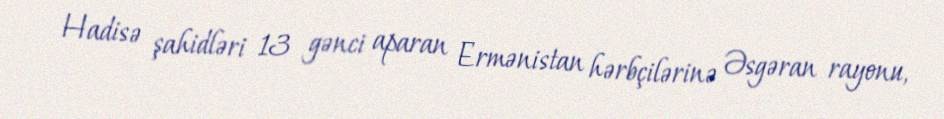
Hadisə şahidləri 13 gənci aparan Ermənistan hərbçilərinə Əsgəran rayonu,